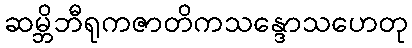
ဆမ္ဘိဘီရုကဇာတိကသန္ဒောသဟေတု